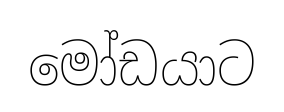
මෝඩයාට